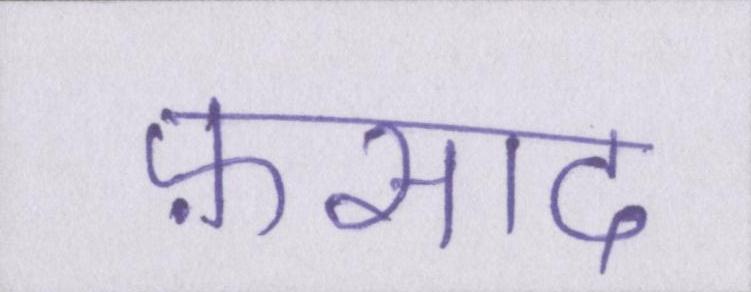
फ़साद